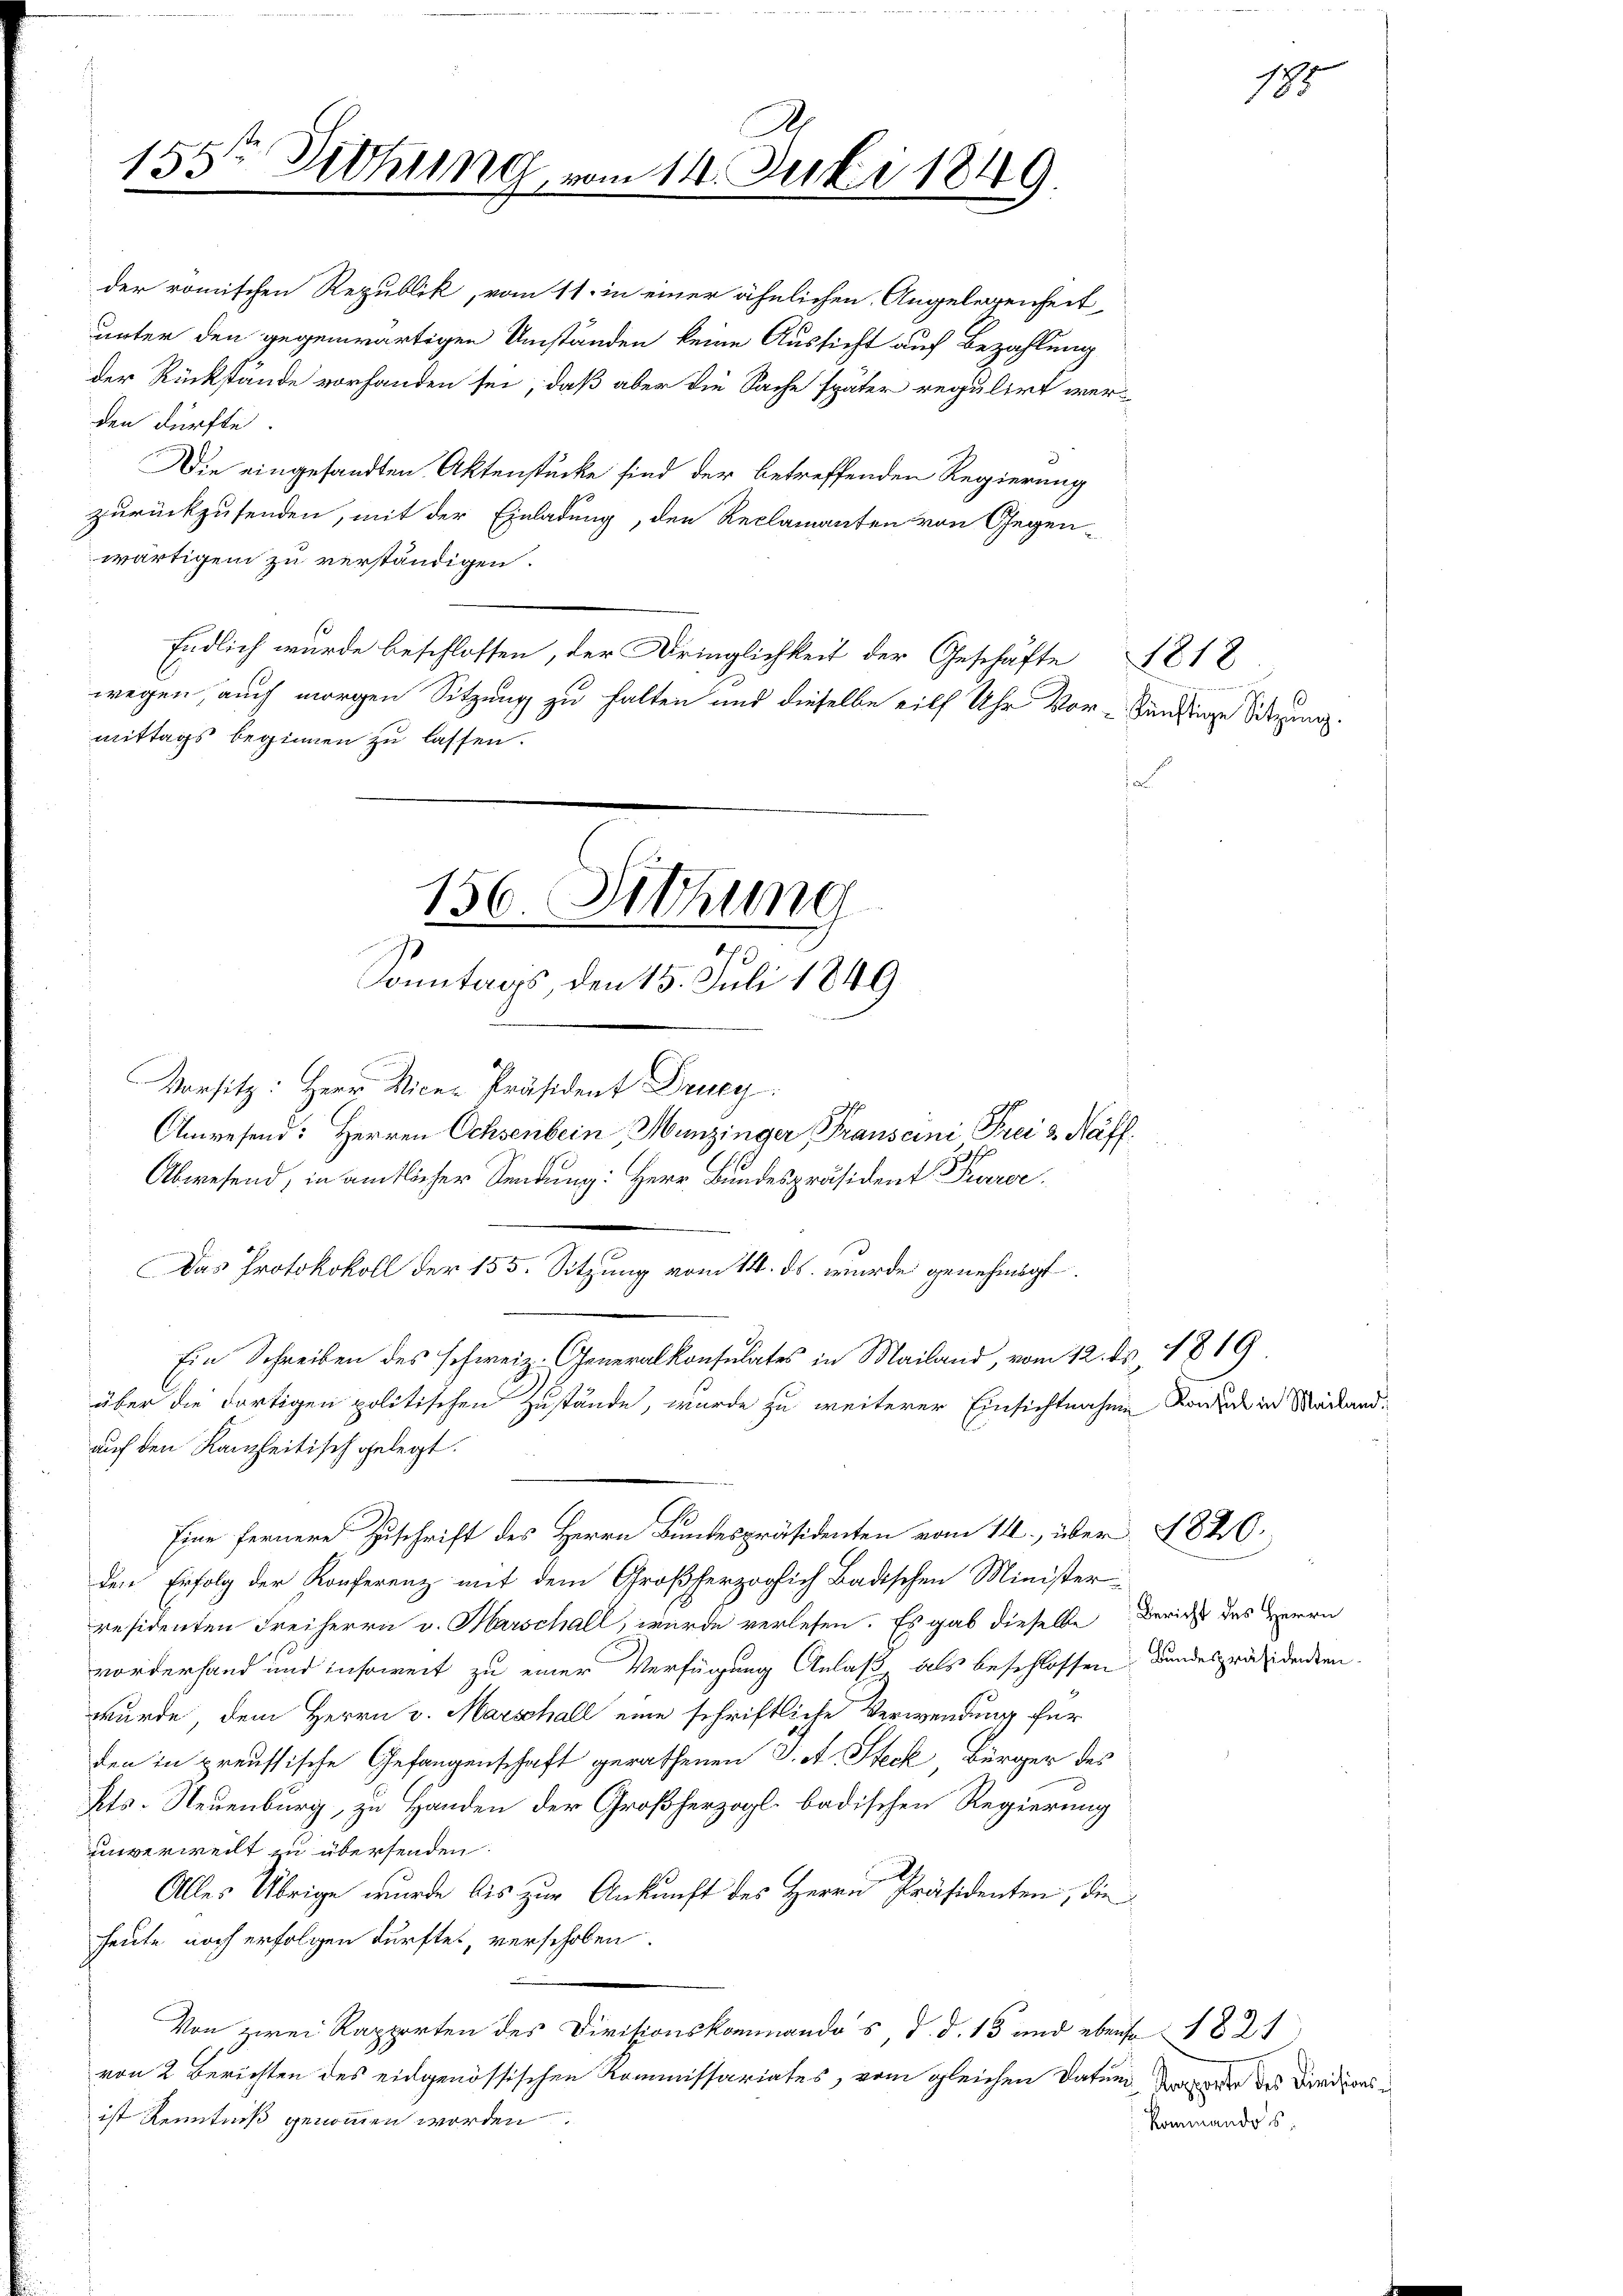
155te Sichung vom 14. Juli 1849.

der römischen Republik, vom 11. in einer ähnlichen Angelegenheit
unter den gegenwärtigen Umständen keine Aussicht auf Bezahlung
der Rückstände vorhanden sei, daß aber die Sache später regulirt werden dürfte.
Die eingesandten Aktenstücke sind der betreffenden Regierung
zurückzusenden, mit der Einladung, den Reclamanten von Gegen-
wärtigen zu verständigen.
so
Endlich wurde beschlossen, der Dringlichkeit der Geschäfte
wegen, auch morgen Sitzung zu halten und dieselbe eilf Uhr Vor-Wendringe Sitzung.
mittags beginnen zu lassen.
Vorsitz: Herr Vice-Präsident Drucy:
Anwesend: Herren Ochsenbein, Munzinger Franscini Preis Näff.
Abwesend, in amtlicher Sendung: Herr Bundespräsident Parrer
Das Protokokoll der 155. Sitzung vom 14. ds. wurde genehmigt.
Ein Schreiben des schweiz. Generalkonsulates in Mailand, vom 12. ds 1819.
über die dortigen politischen Zustände, wurde zu weiterer Einsichtnahen Rand in Mailandauf den Kanzleitisch gelegt.
Eine fernere Zuschrift des Herrn Bundespräsidenten vom 14., über 1840.
den Erfolg der Konferenz mit dem Großherzoglich Badischen Minister-
residenten Freiherrn v. Marschall, wurde verlesen. Es gab dieselbe
vorderhand und insoweit zu einer Verfügung Anlaß, als beschlossen
wurde, dem Herrn v. Marschall eine schriftliche Verwendung für
den in preussische Gefangenschaft gerathenen J. A. Steck, Bürger des
Kts. Neuenburg, zu Handen der Großherzogl. badischen Regierung
unverweilt zu übersenden.
.
Alles Übrige wurde bis zur Ankunft des Herrn Präsidenten, die
heute noch erfolgen dürftet, verschoben.
Von zwei Rapporten des Divisionskommandos, d. d. 13 und ebenso 1821
von 2 Berichten des eidgenössischen Kommissariates, vom gleichen Datum, da oder des Vindionsist Kenntniß genommen worden.

156. Sitzung
Sonntags, den 15. Juli 1849

18.

1818

7

Bericht des Herrn
Bundespräsidenten.

Kommandos